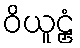
ဝိယူဠှံ